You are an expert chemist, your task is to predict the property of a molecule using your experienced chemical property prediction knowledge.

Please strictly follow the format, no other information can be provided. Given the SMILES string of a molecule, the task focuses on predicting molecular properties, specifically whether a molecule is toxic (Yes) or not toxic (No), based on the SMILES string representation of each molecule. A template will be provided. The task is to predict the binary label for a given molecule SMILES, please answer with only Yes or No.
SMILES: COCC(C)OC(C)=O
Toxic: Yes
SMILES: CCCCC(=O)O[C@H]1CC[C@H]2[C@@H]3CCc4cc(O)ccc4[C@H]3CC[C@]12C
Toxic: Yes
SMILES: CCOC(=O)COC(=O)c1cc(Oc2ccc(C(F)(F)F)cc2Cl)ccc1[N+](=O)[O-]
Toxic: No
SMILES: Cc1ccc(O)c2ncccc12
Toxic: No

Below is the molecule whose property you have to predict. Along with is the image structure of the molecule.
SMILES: O=C1Nc2ccc(Cl)cc2C(c2ccccc2Cl)=NC1O
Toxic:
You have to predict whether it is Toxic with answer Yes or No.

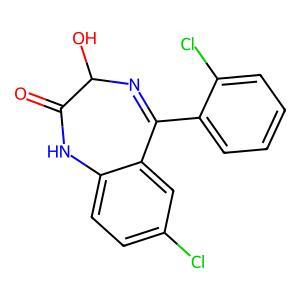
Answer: No